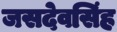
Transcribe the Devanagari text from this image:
जसदेवसिंह